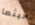
حيثما